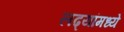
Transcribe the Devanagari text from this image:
लढ्यांमध्ये